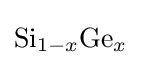
{\ce {Si_{1-x}Ge_{x}}}